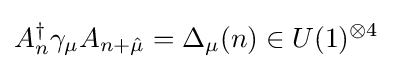
A_{n}^{\dagger }\gamma _{\mu }A_{n+{\hat {\mu }}}=\Delta _{\mu }(n)\in U(1)^{\otimes 4}